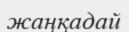
жаңқадай